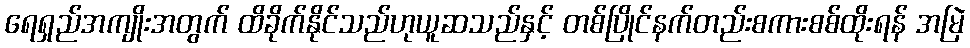
ရေရှည်အကျိုးအတွက် ထိခိုက်နိုင်သည်ဟုယူဆသည်နှင့် တစ်ပြိုင်နက်တည်းစကားစစ်ထိုးရန် အမြဲ